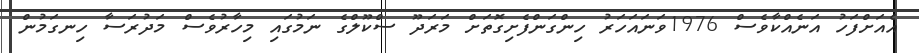
އެއަށްފަހު އަނެއްކާވެސް 1976ވަނައަހަރު ހިންގަންފެށިގޮތަށް މަރަދޫ ސްކޫލްގެ ނަމުގައި މިހާރުވެސް މަދުރަސާ ހިނގަމުން